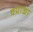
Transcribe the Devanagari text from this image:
चप्राळा